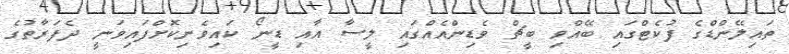
ތައިލޭންޑްގެ ފުކެޓްގައި ބޭއްވި ބީޗް ވެޑިންއެއްގައި ލީސާ އާއި ޑީނޯ ކައިވެނިކޮށްފައިވަނީ ދެފަރާތުގެ